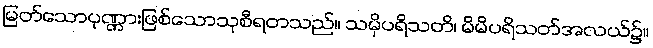
မြတ်သောပုဏ္ဏားဖြစ်သောသုစီရတသည်။ သမှိပရိသတိ၊ မိမိပရိသတ်အလယ်၌။